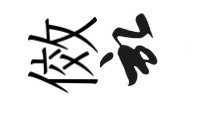
傚啓